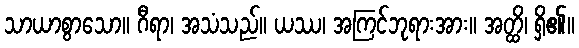
သာယာစွာသော။ ဂီရာ၊ အသံသည်။ ယဿ၊ အကြင်ဘုရားအား။ အတ္ထိ၊ ရှိ၏။